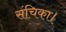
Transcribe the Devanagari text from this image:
संचिका।